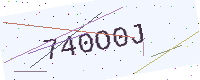
Text: 740O0J